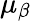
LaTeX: \mu_{\beta}